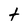
Character: t